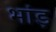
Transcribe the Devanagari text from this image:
भांड़